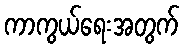
ကာကွယ်ရေးအတွက်